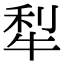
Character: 犁